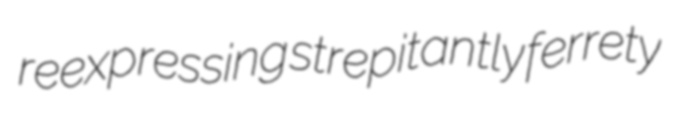
reexpressing strepitantly ferrety